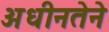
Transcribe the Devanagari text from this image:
अधीनतेने